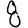
Digit: 8